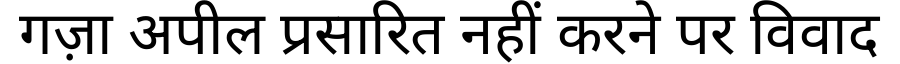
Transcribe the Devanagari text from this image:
गज़ा अपील प्रसारित नहीं करने पर विवाद